Annual report of lunatic asylums [Bombay] - 1912-1922
Year: 1912
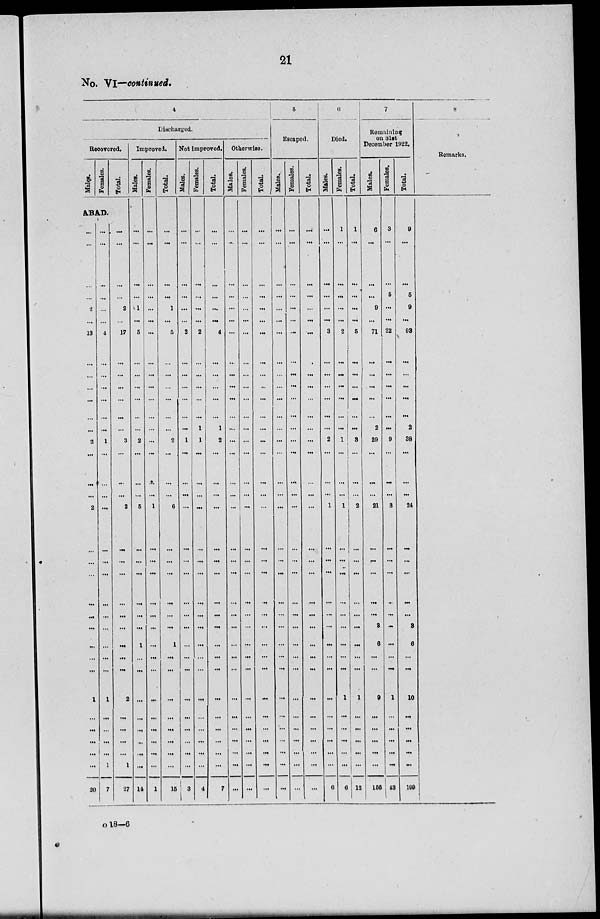
21
No. VI—continued.
4
Discharged.
Recovered.
Males.
Females.
Total.
ABAD.
...
...
...
...
2
...
13
...
...
...
...
...
...
2
...
...
...
2
...
...
...
...
...
...
...
...
...
1
...
...
...
...
...
20
...
...
...
...
...
...
4
...
...
...
...
...
...
1
...
...
...
...
...
...
...
...
...
...
...
...
...
1
...
...
...
...
1
7
...
...
...
...
2
...
17
...
...
...
...
...
...
3
...
...
...
2
...
...
...
...
...
...
...
...
...
2
...
...
...
...
1
27
Improved.
Males.
...
...
...
...
1
...
5
...
...
...
...
...
...
2
...
...
...
5
...
...
...
...
...
...
1
...
...
...
...
...
...
...
...
14
Females.
...
...
...
...
...
...
...
...
...
...
...
...
...
...
...
...
...
1
...
...
...
...
...
...
...
...
...
...
...
...
...
...
...
1
Total.
...
...
...
...
1
...
5
...
...
...
...
...
...
2
...
...
...
6
...
...
...
...
...
...
1
...
...
...
...
...
...
...
...
15
Not improved.
Males.
...
...
...
...
...
...
2
...
...
...
...
...
...
1
...
...
...
...
...
...
...
...
...
...
...
...
...
...
...
...
...
...
...
3
Females.
...
...
...
...
...
...
2
...
...
...
...
...
1
1
...
...
...
...
...
...
...
...
...
...
...
...
...
...
...
...
...
...
...
4
Total.
...
...
...
...
...
...
4
...
...
...
...
...
1
2
...
...
...
...
...
...
...
...
...
...
...
...
...
...
...
...
...
...
...
7
Otherwise.
Males.
...
...
...
...
...
...
...
...
...
...
...
...
...
...
...
...
...
...
...
...
...
...
...
...
...
...
...
...
...
...
...
...
...
...
Females.
...
...
...
...
...
...
...
...
...
...
...
...
...
...
...
...
...
...
...
...
...
...
...
...
...
...
...
...
...
...
...
...
...
...
Total.
...
...
...
...
...
...
...
...
...
...
...
...
...
...
...
...
...
...
...
...
...
...
...
...
...
...
...
...
...
...
...
...
...
...
5
Escaped.
Males.
...
...
...
...
...
...
...
...
...
...
...
...
...
...
...
...
...
...
...
...
...
...
...
...
...
...
...
...
...
...
...
...
...
...
Females.
...
...
...
...
...
...
...
...
...
...
...
...
...
...
...
...
...
...
...
...
...
...
...
...
...
...
...
...
...
...
...
...
...
...
Total.
...
...
...
...
...
...
...
...
...
...
...
...
...
...
...
...
...
...
...
...
...
...
...
...
...
...
...
...
...
...
...
...
...
...
6
Died.
Males.
...
...
...
...
...
...
3
...
...
...
...
...
...
2
...
...
...
1
...
...
...
...
...
...
...
...
...
...
...
...
...
...
...
6
Females.
1
...
...
...
...
...
2
...
...
...
...
...
...
1
...
...
...
1
...
...
...
...
...
...
...
...
...
1
...
...
...
...
...
6
Total.
1
...
...
...
...
...
5
...
...
...
...
...
...
3
...
...
...
2
...
...
...
...
...
...
...
...
...
1
...
...
...
...
...
13
7
Remaining
on 3lst
December 1922.
Males.
6
...
...
...
9
...
71
...
...
...
...
...
2
29
...
...
...
21
...
...
...
...
...
3
6
...
...
9
...
...
...
...
...
156
Females.
3
...
...
5
...
...
22
...
...
...
...
...
...
9
...
...
...
3
...
...
...
...
...
...
...
...
...
1
...
...
...
...
...
43
Total.
9
...
...
5
9
...
93
...
...
...
...
...
2
38
...
...
...
24
...
...
...
...
...
3
6
...
...
10
...
...
...
...
...
199
8
Remarks.
o 18—6